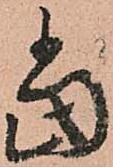
當